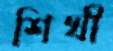
শিখী